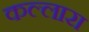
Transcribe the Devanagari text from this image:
कल्लारा